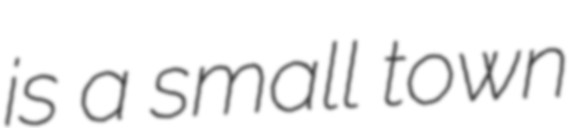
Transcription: is a small town